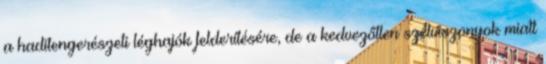
a haditengerészeti léghajók felderítésére, de a kedvezőtlen szélviszonyok miatt